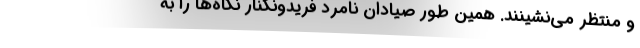
و منتظر مي‌نشينند. همين ‌طور صيادان نامرد فريدونكنار نگاه‌ها را به